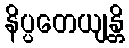
နိပ္ပတေယျန္တိ